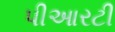
પીઆરટી